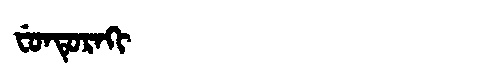
Manchu: ᠸᡠᠨᡨᡠᡵᠠᡴᡳ
Romanization: FUNTURAKI